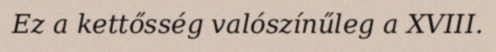
Ez a kettősség valószínűleg a XVIII.